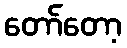
တော်တော့